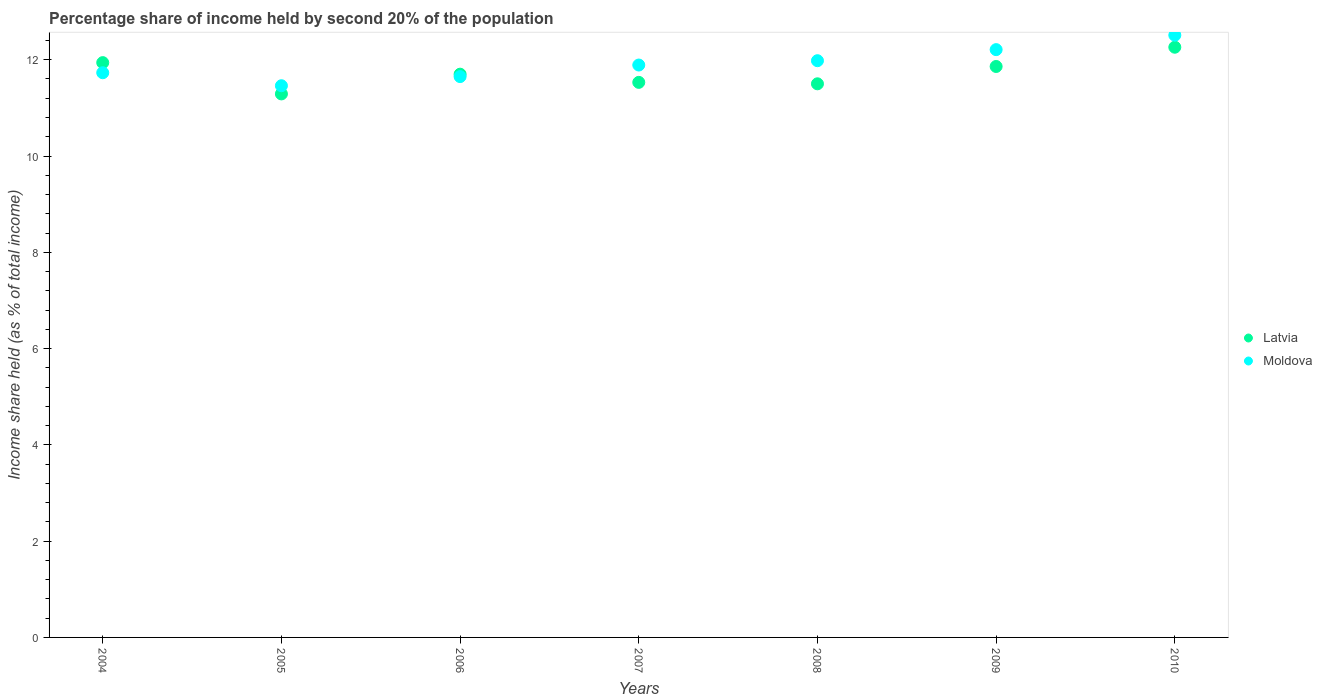
| Years | Latvia | Moldova |
 | --- | --- | --- |
 | 2004 | 11.9 | 11.7 |
 | 2005 | 11.3 | 11.5 |
 | 2006 | 11.7 | 11.7 |
 | 2007 | 11.5 | 11.9 |
 | 2008 | 11.5 | 12 |
 | 2009 | 11.9 | 12.2 |
 | 2010 | 12.3 | 12.5 |